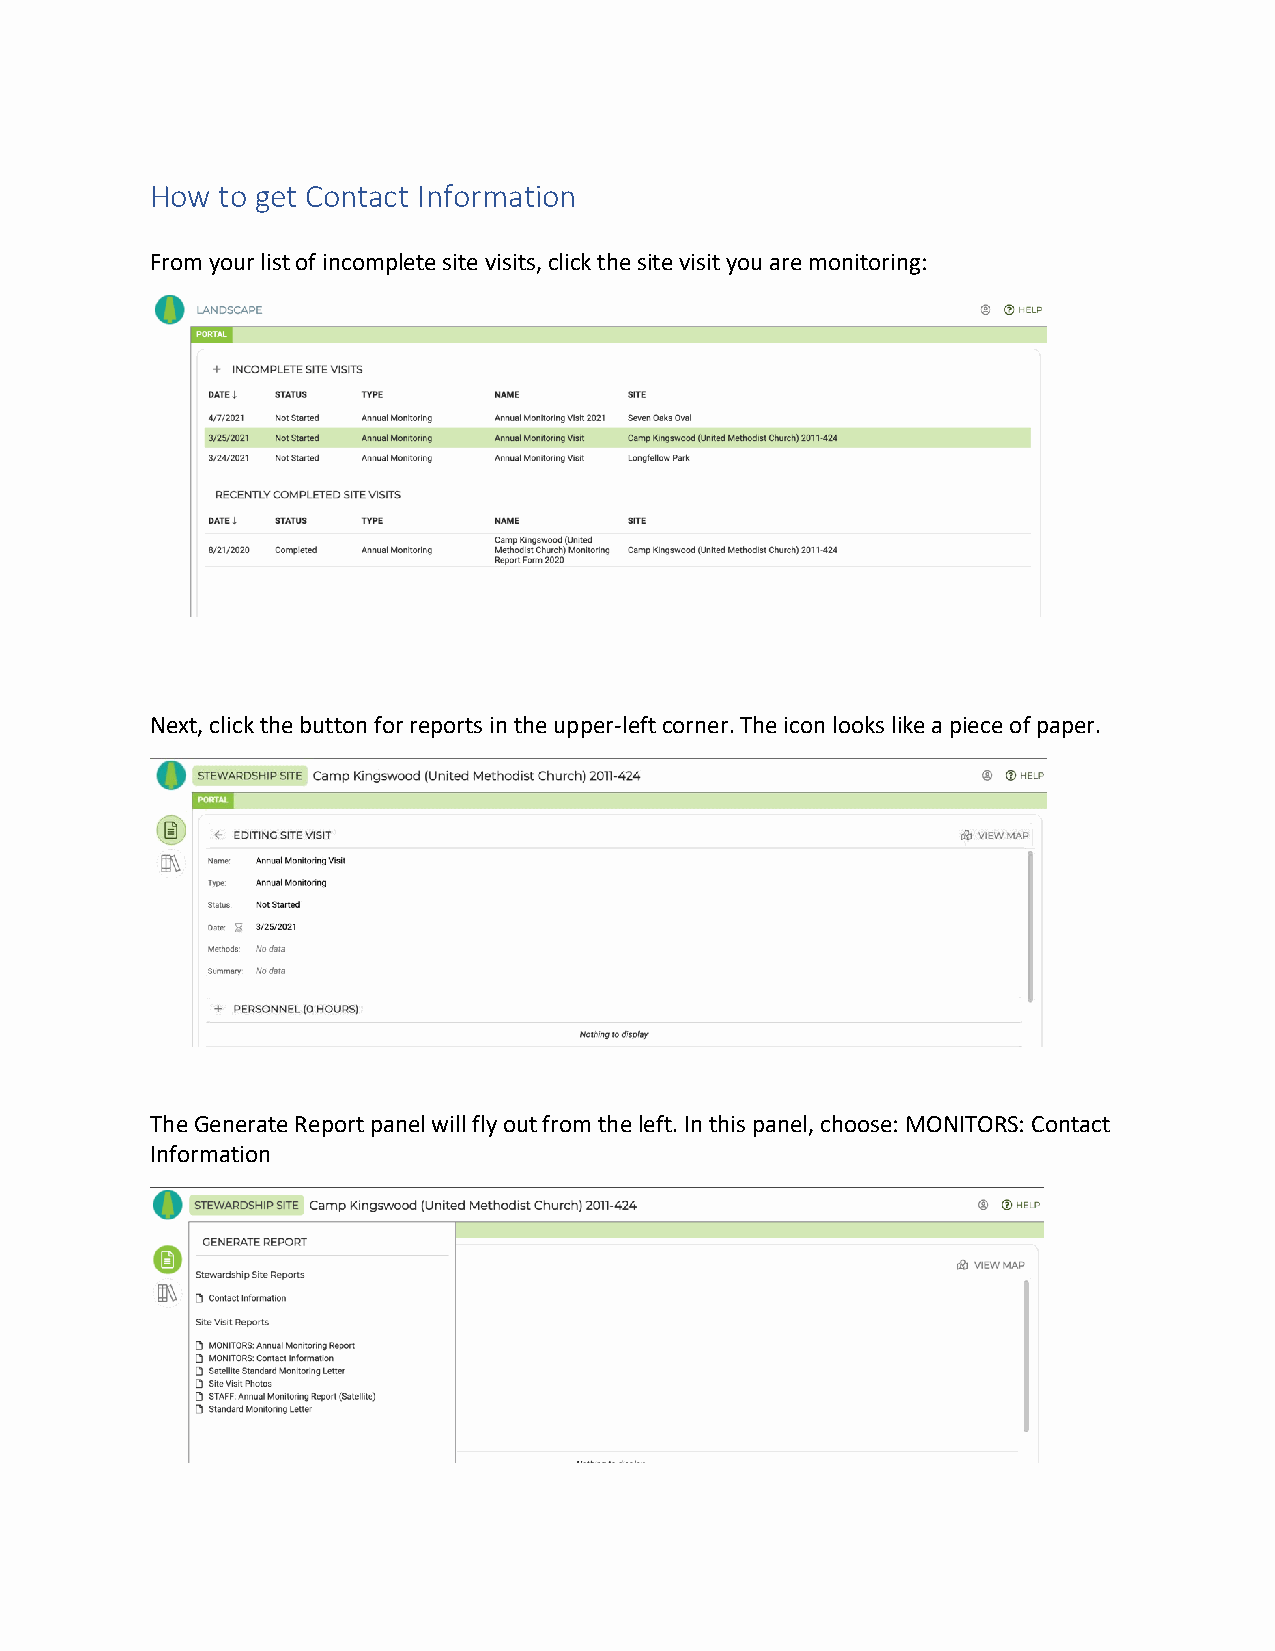
How to get Contact Information
 From your list of incomplete site visits, click the site visit you are monitoring:
 Next, click the button for reports in the upper-left corner. The icon looks like a piece of paper.
 The Generate Report panel will fly out from the left. In this panel, choose: MONITORS: Contact
 Information